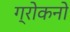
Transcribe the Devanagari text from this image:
ग्रोकनो